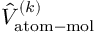
\hat { V } _ { \mathrm { a t o m - m o l } } ^ { ( k ) }